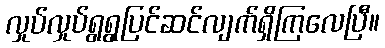
လှုပ်လှုပ်ရွရွပြင်ဆင်လျက်ရှိကြလေပြီ။